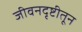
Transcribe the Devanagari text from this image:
जीवनदृष्टीतून